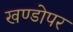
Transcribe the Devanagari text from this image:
खण्डोपर